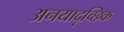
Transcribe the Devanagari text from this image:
अनयादृच्छिक